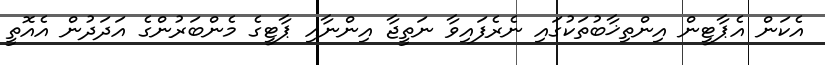
އެކަން އެޕާޓީން އިންތިޚާބުތަކުގައި ނެރެފައިވާ ނަތީޖާ އިންނާއި ޕާޓީގެ މެންބަރުންގެ އަދަދުން އެއޮތީ